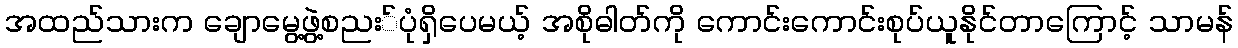
အထည်သားက ချောမွေ့ဖွဲ့စညး်ပုံရှိပေမယ့် အစိုဓါတ်ကို ကောင်းကောင်းစုပ်ယူနိုင်တာကြောင့် သာမန်